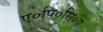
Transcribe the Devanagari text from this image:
ए०पि०सि०ए